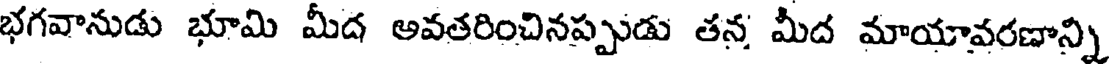
భగవానుడు భూమి మీద అవతరించినప్పుడు తన మీద మాయావరణాన్ని